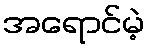
အရောင်မဲ့